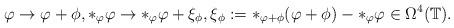
LaTeX: \begin{gather*}\varphi\rightarrow\varphi+\phi,*_\varphi\varphi\rightarrow *_\varphi\varphi+\xi_{\phi},\xi_{\phi}:= *_{\varphi+\phi}(\varphi+\phi)-*_\varphi\varphi \in\Omega^4 (\mathbb{T} ).\end{gather*}